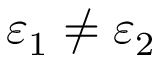
\varepsilon _ { 1 } \ne \varepsilon _ { 2 }